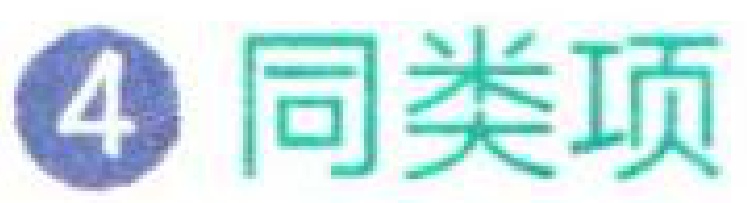
\textcircled{4} 同类项